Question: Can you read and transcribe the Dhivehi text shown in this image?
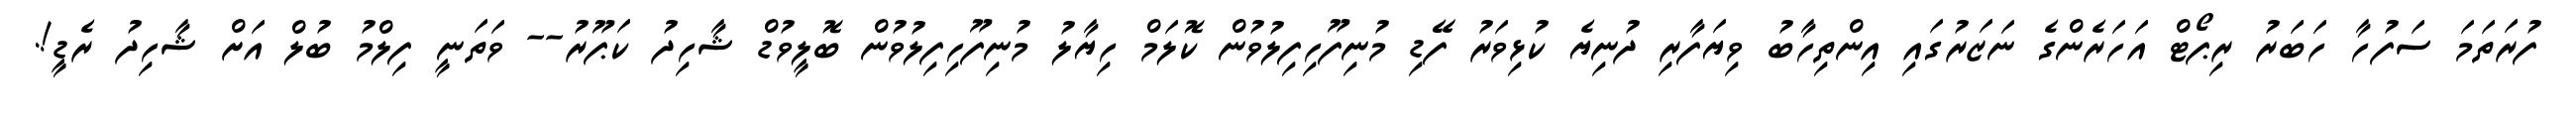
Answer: ފުރަތަމަ ސަފުހާ ހަބަރު ރިޕޯޓް އަހަރެންގެ ނަޒަރުގައި އިންތިހާބު ވިޔަފާރި ދުނިޔެ ކުޅިވަރު ފޭޑި މުނިފޫހިފިލުވުން ކޮލަމް ހިޔާލު މުނިފޫހިފިލުވުން ބޮލީވުޑް ޝާހިދު ކަޕޫރު-- ވަތަނީ ފިލްމު ބުލް އަށް ޝާހިދު ރެޑީ!.